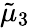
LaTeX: {\tilde{\mu}}_{3}